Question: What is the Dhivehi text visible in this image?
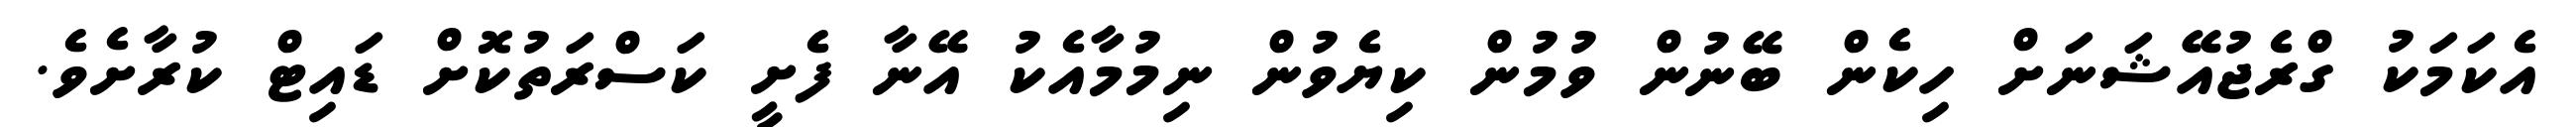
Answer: އެކަމަކު ގްރެޖުއޭޝަނަށް ހިކެން ބޭނުން ވުމުން ކިޔެވުން ނިމުމާއެކު އޭނާ ފެށީ ކަސްރަތުކޮށް ޑައިޓް ކުރާށެވެ.